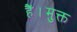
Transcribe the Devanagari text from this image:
हैं।मुक्त